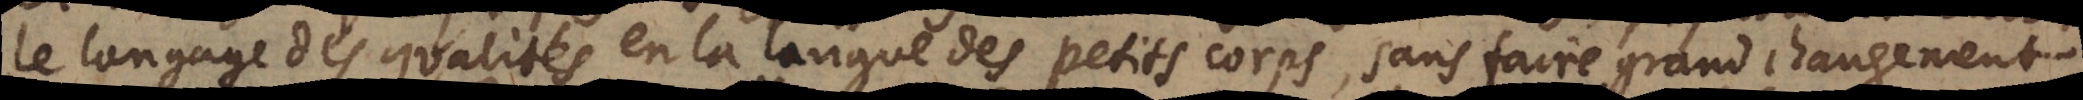
le langage des qualités en la langue des petits corps, sans faire grand changement